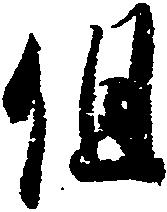
但